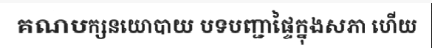
គណបក្សនយោបាយ បទបញ្ជាផ្ទៃក្នុងសភា ហើយ